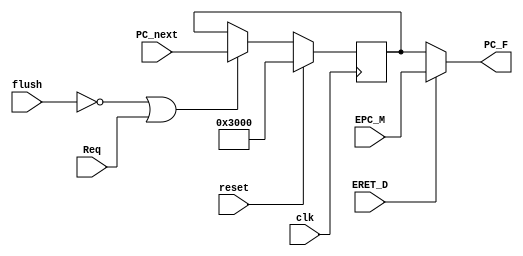
module PC(
    input [31:0] PC_next,
    input clk,
    input ERET_D,
    input Req,
    input flush,
    input reset,
    input [31:0] EPC_M,
    output [31:0] PC_F
    );

    reg [31:0] PCtmp;

    assign PC_F = ERET_D ? EPC_M : PCtmp;

//    initial begin
//        PC_F <= 32'h00003000;
//    end

    always @(posedge clk) begin
        if (reset) 
            PCtmp <= 32'h00003000;
        else if (!flush || Req)   
            PCtmp <= PC_next;
    end


endmodule